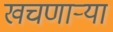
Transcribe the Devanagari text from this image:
खचणार्‍या